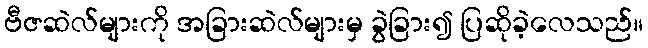
ဗီဇဆဲလ်များကို အခြားဆဲလ်များမှ ခွဲခြား၍ ပြဆိုခဲ့လေသည်။